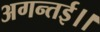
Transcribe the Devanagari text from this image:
अगन्‍तई।।